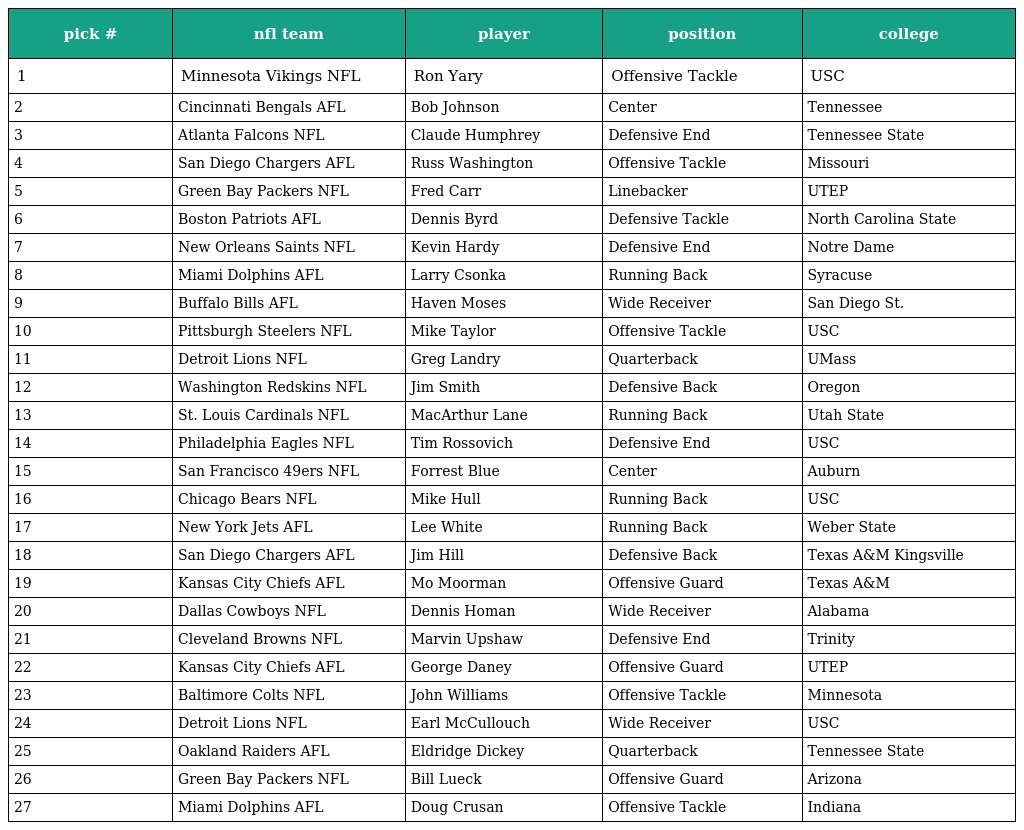
| pick # | nfl team | player | position | college |
 | --- | --- | --- | --- | --- |
 | 1 | Minnesota Vikings NFL | Ron Yary | Offensive Tackle | USC |
 | 2 | Cincinnati Bengals AFL | Bob Johnson | Center | Tennessee |
 | 3 | Atlanta Falcons NFL | Claude Humphrey | Defensive End | Tennessee State |
 | 4 | San Diego Chargers AFL | Russ Washington | Offensive Tackle | Missouri |
 | 5 | Green Bay Packers NFL | Fred Carr | Linebacker | UTEP |
 | 6 | Boston Patriots AFL | Dennis Byrd | Defensive Tackle | North Carolina State |
 | 7 | New Orleans Saints NFL | Kevin Hardy | Defensive End | Notre Dame |
 | 8 | Miami Dolphins AFL | Larry Csonka | Running Back | Syracuse |
 | 9 | Buffalo Bills AFL | Haven Moses | Wide Receiver | San Diego St. |
 | 10 | Pittsburgh Steelers NFL | Mike Taylor | Offensive Tackle | USC |
 | 11 | Detroit Lions NFL | Greg Landry | Quarterback | UMass |
 | 12 | Washington Redskins NFL | Jim Smith | Defensive Back | Oregon |
 | 13 | St. Louis Cardinals NFL | MacArthur Lane | Running Back | Utah State |
 | 14 | Philadelphia Eagles NFL | Tim Rossovich | Defensive End | USC |
 | 15 | San Francisco 49ers NFL | Forrest Blue | Center | Auburn |
 | 16 | Chicago Bears NFL | Mike Hull | Running Back | USC |
 | 17 | New York Jets AFL | Lee White | Running Back | Weber State |
 | 18 | San Diego Chargers AFL | Jim Hill | Defensive Back | Texas A&M Kingsville |
 | 19 | Kansas City Chiefs AFL | Mo Moorman | Offensive Guard | Texas A&M |
 | 20 | Dallas Cowboys NFL | Dennis Homan | Wide Receiver | Alabama |
 | 21 | Cleveland Browns NFL | Marvin Upshaw | Defensive End | Trinity |
 | 22 | Kansas City Chiefs AFL | George Daney | Offensive Guard | UTEP |
 | 23 | Baltimore Colts NFL | John Williams | Offensive Tackle | Minnesota |
 | 24 | Detroit Lions NFL | Earl McCullouch | Wide Receiver | USC |
 | 25 | Oakland Raiders AFL | Eldridge Dickey | Quarterback | Tennessee State |
 | 26 | Green Bay Packers NFL | Bill Lueck | Offensive Guard | Arizona |
 | 27 | Miami Dolphins AFL | Doug Crusan | Offensive Tackle | Indiana |